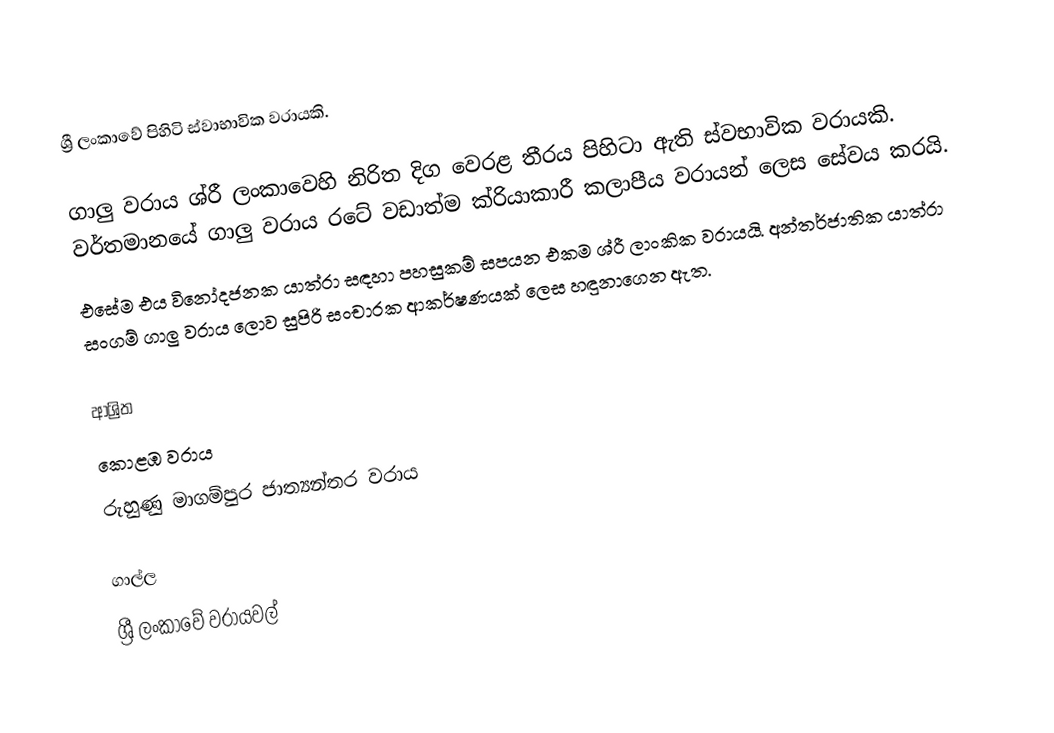
ශ්‍රී ලංකාවේ පිහිටි ස්වාභාවික වරායකි.

ගාලු වරාය ශ්රී ලංකාවෙහි නිරිත දිග වෙරළ තීරය පිහිටා ඇති ස්වභාවික වරායකි. වර්තමානයේ ගාලු වරාය රටේ වඩාත්ම ක්රියාකාරී කලාපීය වරායන් ලෙස සේවය කරයි.
එසේම එය විනෝදජනක යාත්රා සඳහා පහසුකම් සපයන එකම ශ්රී ලාංකික වරායයි. අන්තර්ජාතික යාත්රා සංගම් ගාලු වරාය ලොව සුපිරි සංචාරක ආකර්ෂණයක් ලෙස හඳුනාගෙන ඇත.

ආශ්‍රිත
 කොළඹ වරාය
 රුහුණු මාගම්පුර ජාත්‍යන්තර වරාය

ගාල්ල
ශ්‍රී ලංකාවේ වරායවල්